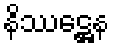
နိဿဋ္ဌေန